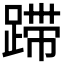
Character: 𰸚